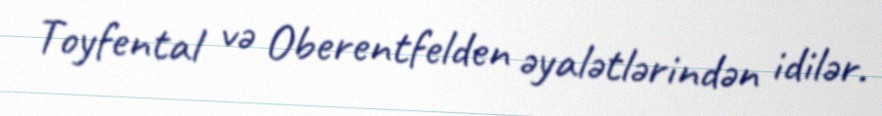
Toyfental və Oberentfelden əyalətlərindən idilər.